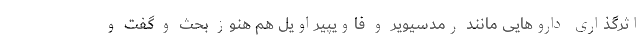
اثرگذاری داروهایی مانند رمدسیویر و فاویپیراویل هم هنوز بحث و گفت و